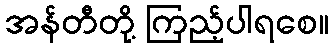
အန်တီတို့ ကြည့်ပါရစေ။